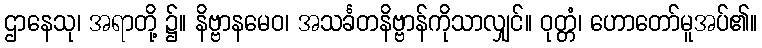
ဌာနေသု၊ အရာတို့ ၌။ နိဗ္ဗာနမေဝ၊ အသင်္ခတနိဗ္ဗာန်ကိုသာလျှင်။ ဝုတ္တံ၊ ဟောတော်မူအပ်၏။